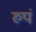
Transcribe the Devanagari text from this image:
रुपं